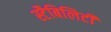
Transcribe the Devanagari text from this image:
स्टैबिलिटी